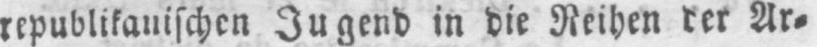
republikanischen Jugend in die Reihen der Ar⸗